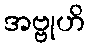
အဗ္ဗုဟိ